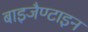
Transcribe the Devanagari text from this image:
बाइजैण्टाइन